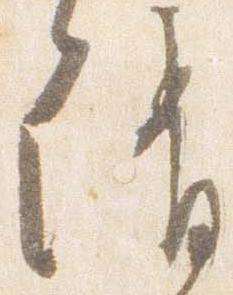
請